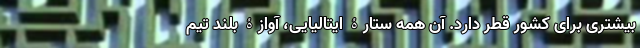
بیشتری برای کشور قطر دارد. آن همه ستارۀ ایتالیایی، آوازۀ بلند تیم